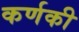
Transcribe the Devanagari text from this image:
कर्णकी